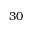
3 0